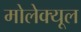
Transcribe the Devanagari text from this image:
मोलेक्यूल